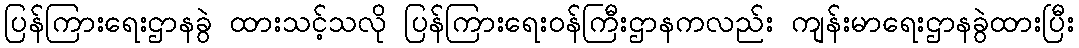
ပြန်ကြားရေးဌာနခွဲ ထားသင့်သလို ပြန်ကြားရေးဝန်ကြီးဌာနကလည်း ကျန်းမာရေးဌာနခွဲထားပြီး